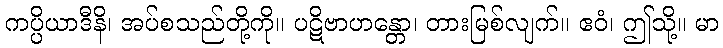
ကပ္ပိယာဒီနိ၊ အပ်စသည်တို့ကို။ ပဋိဗာဟန္တော၊ တားမြစ်လျက်။ ဧဝံ၊ ဤသို့။ မာ